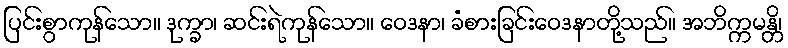
ပြင်းစွာကုန်သော။ ဒုက္ခာ၊ ဆင်းရဲကုန်သော။ ဝေဒနာ၊ ခံစားခြင်းဝေဒနာတို့သည်။ အဘိက္ကမန္တိ၊